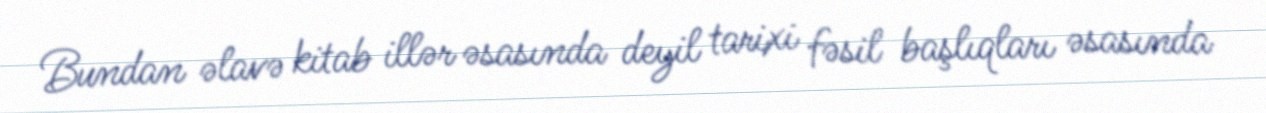
Bundan əlavə kitab illər əsasında deyil tarixi fəsil başlıqları əsasında